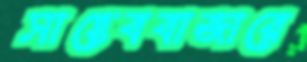
সাহেববাজারে